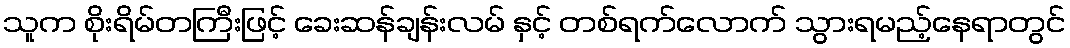
သူက စိုးရိမ်တကြီးဖြင့် ခေးဆန်ချန်းလမ် နှင့် တစ်ရက်လောက် သွားရမည့်နေရာတွင်